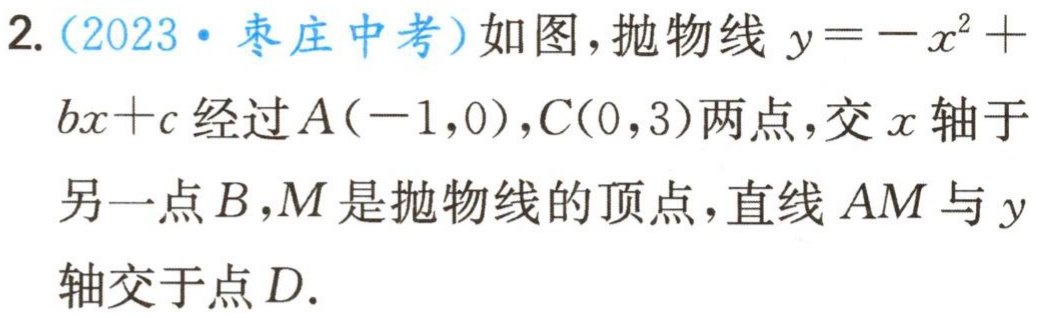
2.（2023·枣庄中考）如图，抛物线\(y = -x^{2}+bx + c\)经过\(A(-1,0)\)，\(C(0,3)\)两点，交\(x\)轴于另一点\(B\)，\(M\)是抛物线的顶点，直线\(AM\)与\(y\)轴交于点\(D\).